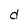
Character: d